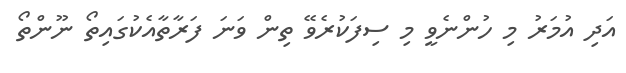
އަދި އުމަރު މި ހުންނެވީ މި ސިފަކުރެވޭ ތިން ވަނަ ފަރާތާއެކުގައިތޯ ނޫންތޯ